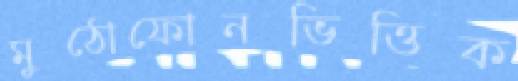
মুঠোফোনভিত্তিক